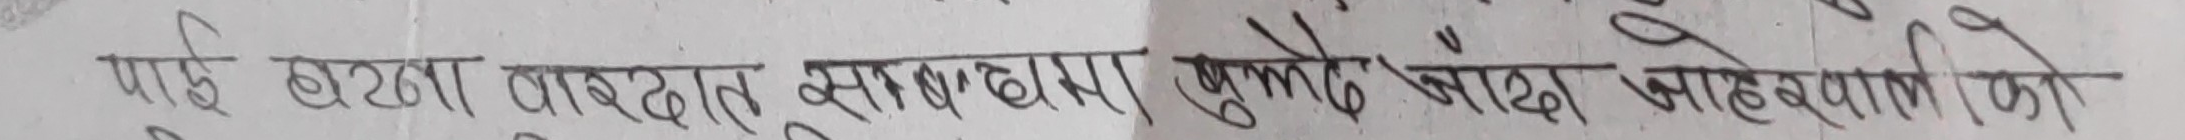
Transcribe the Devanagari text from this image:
पाई छुट्टा बाध्दातु सुख्खा राख । फुलेको बाख्र जाहेरवाली लियो